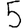
Digit: 5